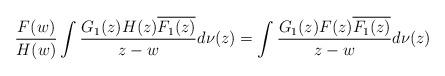
LaTeX: \begin{align*} \frac{F(w)}{H(w)}\int\frac{G_1(z) H(z)\overline{F_1(z)}}{z-w} d\nu(z)=\int\frac{G_1(z) F(z)\overline{F_1(z)}}{z-w} d\nu(z)\end{align*}